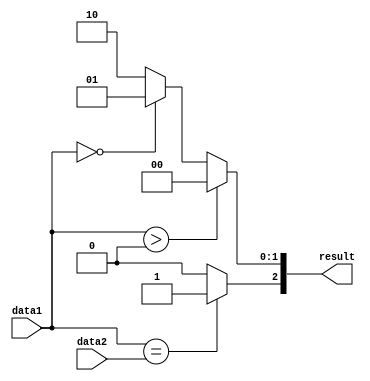
module compare(data1,data2,result);

  input signed [31:0] data1;
  input signed [31:0] data2;
  output reg [2:0] result;

always@(data1,data2)
begin
  if(data1 == data2) 
    result[2] = 1'b1;
  else 
    result[2] = 1'b0;
  if(data1 > 0)
    result[1:0] = 2'b00;
  else if(data1 == 0)
    result[1:0] = 2'b01;
  else 
    result[1:0] = 2'b10;
end

endmodule